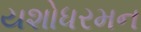
યશોધરમન